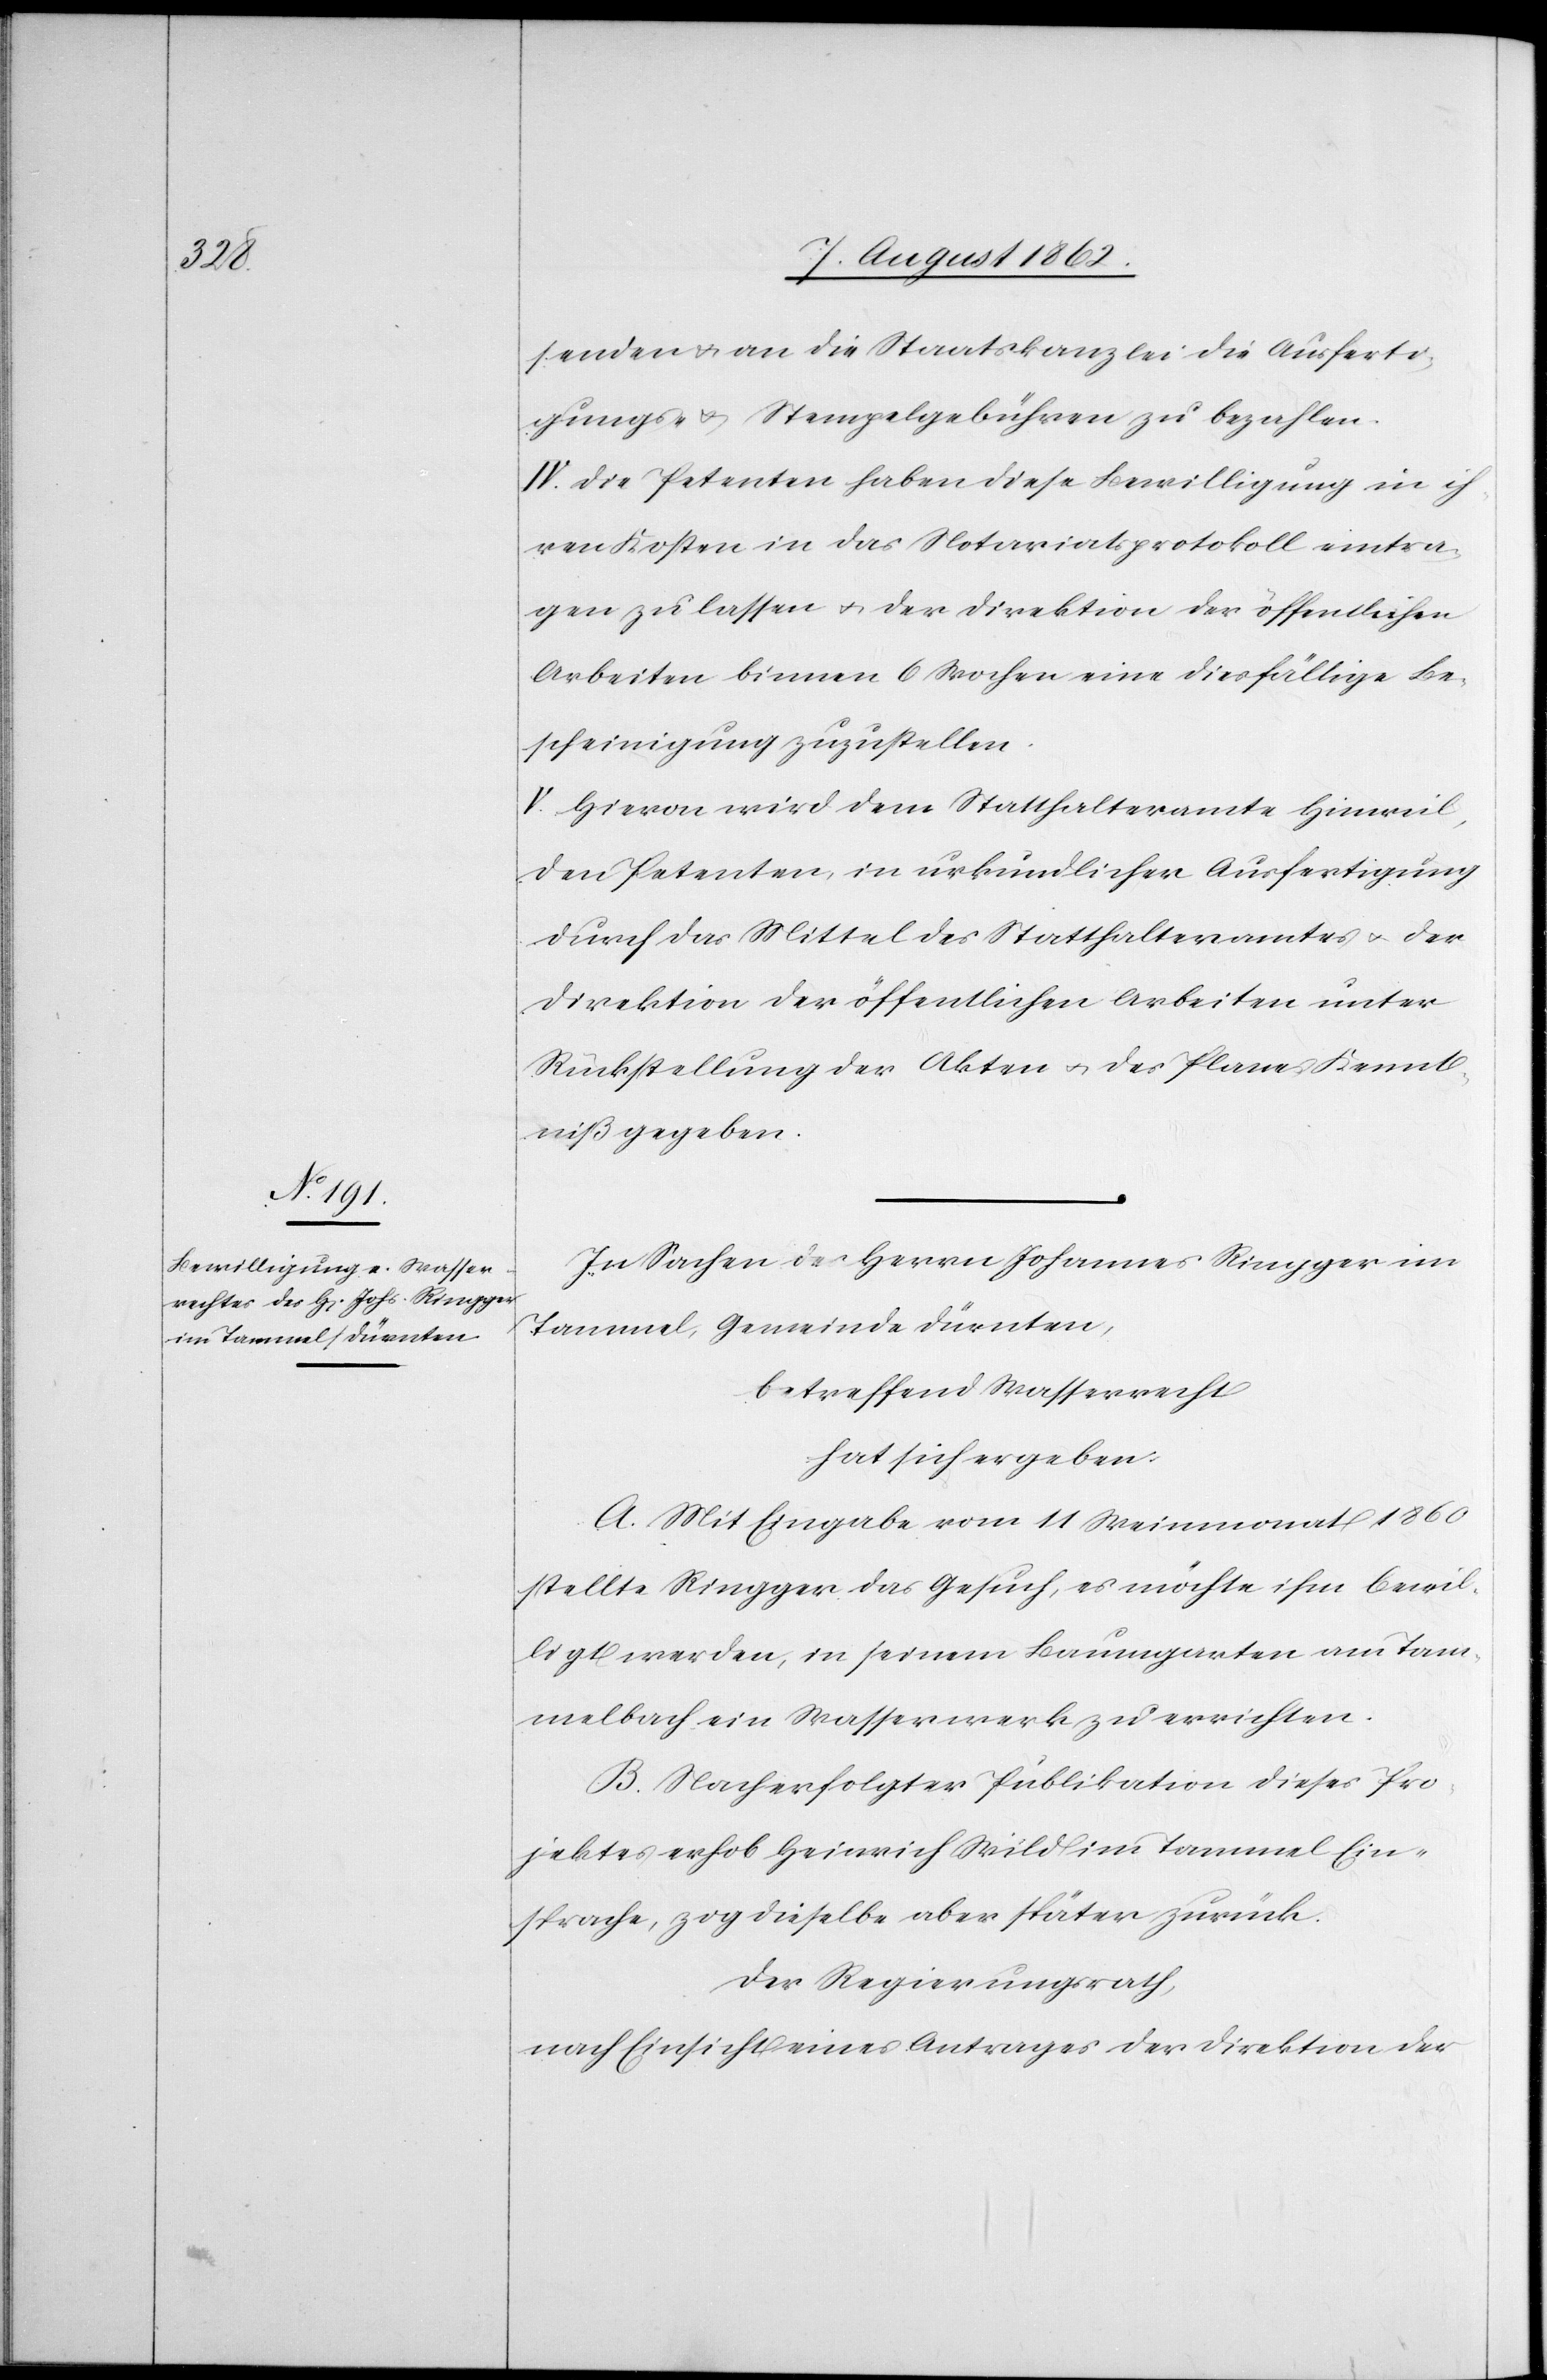
senden u. an die Staatskanzlei die Ausferti¬
gungs- u. Stempelgebühren zu bezahlen.
IV. Die Petenten haben diese Bewilligung in ih¬
ren Kosten in das Notariatsprotokoll eintra¬
gen zu lassen u. der Direktion der öffentlichen
Arbeiten binnen 6 Wochen eine diesfällige Be¬
scheinigung zuzustellen.
V. Hievon wird dem Statthalteramte Hinweil,
den Petenten in urkundlicher Ausfertigung
durch das Mittel des Statthalteramtes u. der
Direktion der öffentlichen Arbeiten unter
Rückstellung der Akten u. des Planes Kennt¬
niß gegeben.
In Sachen des Herrn Johannes Ringger im
Tammel, Gemeinde Dürnten,
betreffend Wasserrecht
hat sich ergeben:
Mit Eingabe vom 11. Weinmonat 1860
stellte Ringger das Gesuch, es möchte ihm bewil¬
ligt werden, in seinem Baumgarten am Tam¬
melbach ein Wasserwerk zu errichten.
B. Nach erfolgter Publikation dieses Pro¬
jektes erhob Heinrich Wild im Tammel Ein¬
sprache, zog dieselbe aber später zurück.
Der Regierungsrath,
nach Einsicht eines Antrages der Direktion der